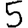
Digit: 5